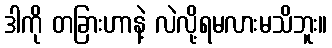
ဒါကို တခြားဟာနဲ့ လဲလို့ရမလားမသိဘူး။